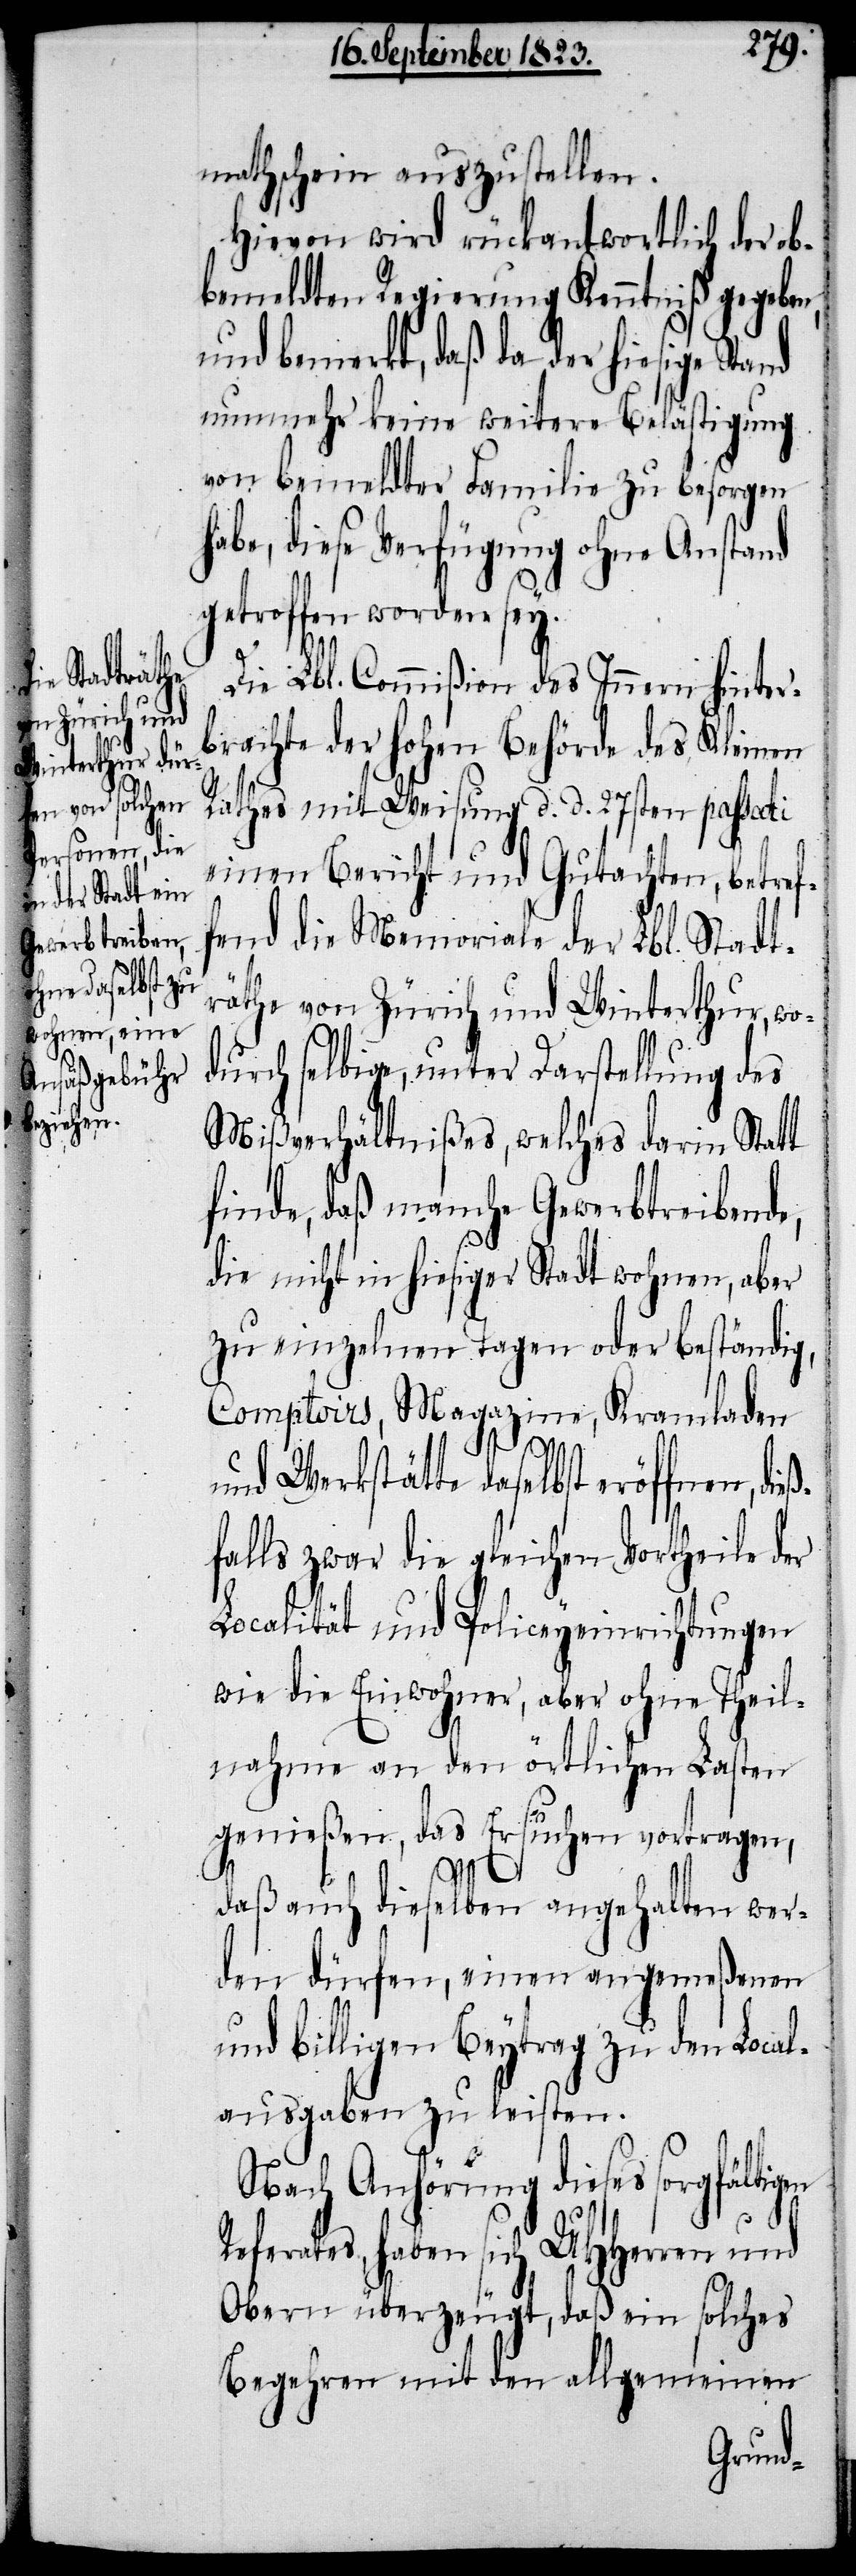
mathschein auszustellen.
Hievon wird rückantwortlich der ob¬
bemeldten Regierung Kenntniß gegebe¬
und bemerkt, daß da der hiesige Stand
nunmehr keine weitere Belästigung
von bemeldter Familie zu besorgen
habe, diese Verfügung ohne Anstand
getroffen worden sey.
Die Lbl. Commißion des Innern hinter¬
brachte der hohen Behörde des Kleinen
Rathes mit Weisung d. d. 27sten passati
einen Bericht und Gutachten, betref¬
fend die Memoriale der Lbl. Stadt¬
räthe von Zürich und Winterthur, wo¬
durch selbige, unter Darstellung des
Mißverhältnißes, welches darin Statt
finde, daß manche Gewerbtreibende,
en
die nicht in hiesiger Stadt wohnen, aber
zu einzelnen Tagen oder beständig,
Comptoirs, Magazine, Kramladen
und Werkstätte daselbst eröffnen, di¬
falls zwar die gleichen Vortheile der
Localität und Policeyeinrichtungen
wie die Einwohner, aber ohne Theil¬
nahme an den örtlichen Lasten
genießen, das Ersuchen vortragen,
daß auch dieselben angehalten wer¬
den dürfen, einen angemeßenen
und billigen Beytrag zu den Local¬
ausgaben zu leisten.
Nach Anhörung dieses sorgfältig¬
Referates, haben sich UHHerren und
Obern überzeugt, daß ein solches
Begehren mit den allgemeinen